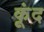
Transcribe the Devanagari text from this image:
कूंद